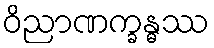
ဝိညာဏက္ခန္ဓဿ